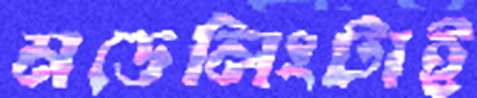
মডেলিংটাই